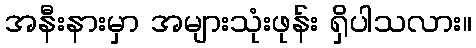
အနီးနားမှာ အများသုံးဖုန်း ရှိပါသလား။